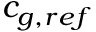
c _ { g , r e f }